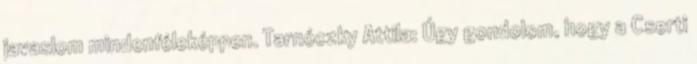
javaslom mindenféleképpen. Tarnóczky Attila: Úgy gondolom, hogy a Cserti